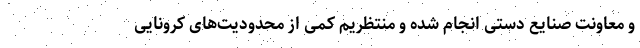
و معاونت صنایع دستی انجام شده و منتظریم کمی از محدودیت‌های کرونایی